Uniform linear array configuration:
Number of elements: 4
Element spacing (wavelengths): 0.5
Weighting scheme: kaiser
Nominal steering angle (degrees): -15
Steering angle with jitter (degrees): -16.434
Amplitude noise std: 0.05
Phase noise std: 0.05

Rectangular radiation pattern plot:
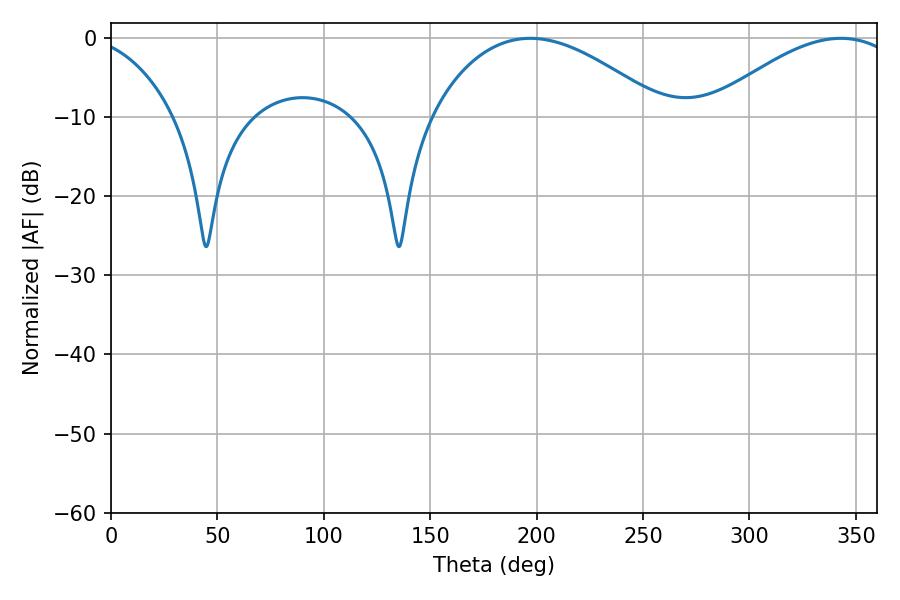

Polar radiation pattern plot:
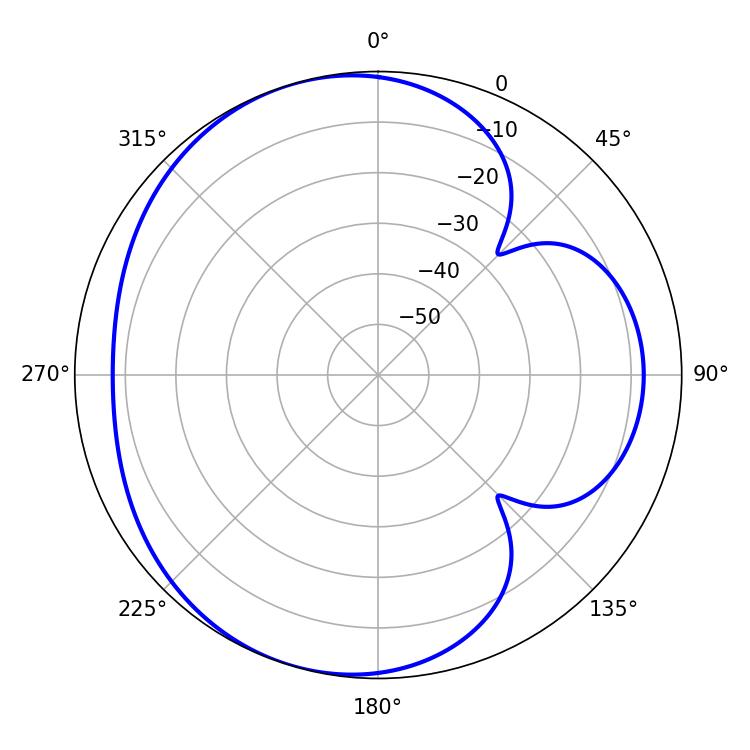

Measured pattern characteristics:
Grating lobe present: FALSE
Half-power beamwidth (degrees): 60.66
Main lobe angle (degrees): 197.1